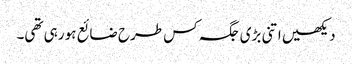
دیکھیں اتنی بڑی جگہ کس طرح ضائع ہو رہی تھی۔